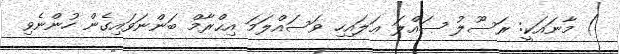
) މާނައަކީ: ރަސޫލު ޞައްލަ ޢަލައިހި ވަސައްލަމަ އިޙްރާމް ބަންނަވައިގެން ހުންނެވި